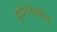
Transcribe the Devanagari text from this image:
दुर्घटनेवरील